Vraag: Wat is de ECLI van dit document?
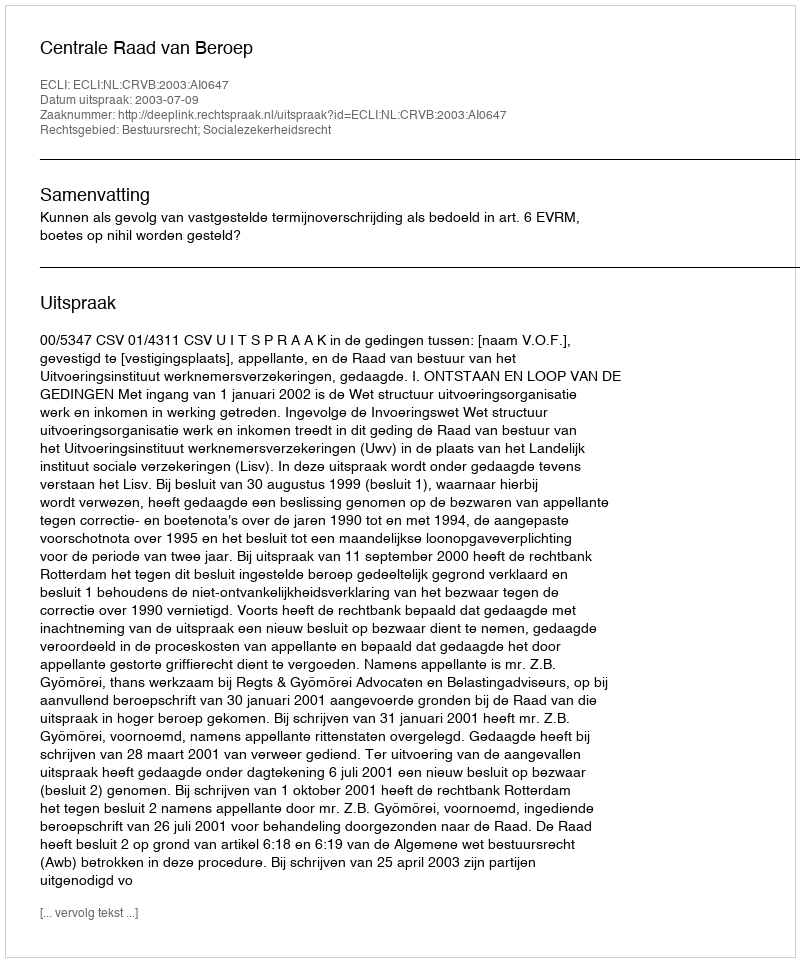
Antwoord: ECLI:NL:CRVB:2003:AI0647